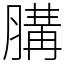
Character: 䐟